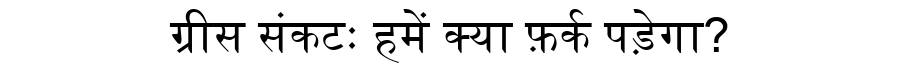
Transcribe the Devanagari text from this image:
ग्रीस संकटः हमें क्या फ़र्क पड़ेगा?